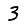
Digit: 3